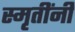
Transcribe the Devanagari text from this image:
स्मृतींनी